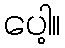
ပေါ့။